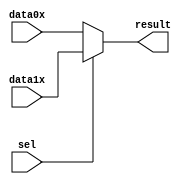
`timescale 1 ps / 1 ps

module mux2to1_8bit(
	data0x,
	data1x,
	sel,
	result);

	input	[7:0]  data0x;
	input	[7:0]  data1x;
	input	  sel;
	output	[7:0]  result;

	assign result = sel ? data1x : data0x;

endmodule